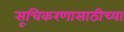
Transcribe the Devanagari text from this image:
सूचिकरणासाठीच्या